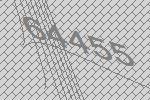
64455